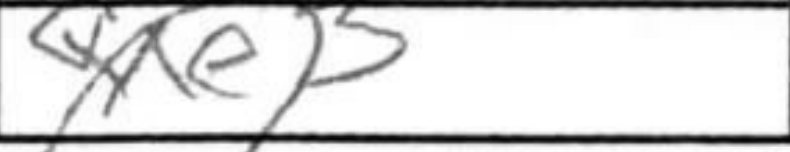
Transcription: Qxe3